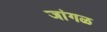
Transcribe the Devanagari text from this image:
जांगळ